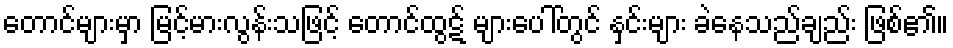
တောင်များမှာ မြင့်မားလွန်းသဖြင့် တောင်ထွဋ် များပေါ်တွင် နှင်းများ ခဲနေသည်ချည်း ဖြစ်၏။